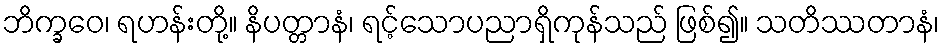
ဘိက္ခဝေ၊ ရဟန်းတို့။ နိပတ္တာနံ၊ ရင့်သောပညာရှိကုန်သည် ဖြစ်၍။ သတိဿတာနံ၊